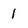
Character: 1